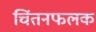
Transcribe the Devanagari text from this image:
चिंतनफलक